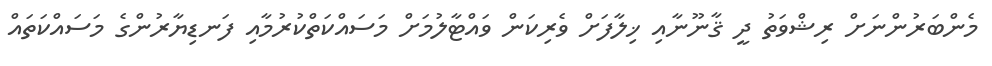
މެންބަރުންނަށް ރިޝްވަތު ދީ ޤާނޫނާއި ޚިލާފަށް ވެރިކަން ވައްޓާލުމަށް މަސައްކަތްކުރުމާއި ފަނޑިޔާރުންގެ މަސައްކަތައް